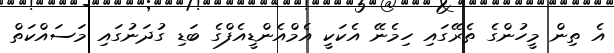
އެ ތިން މީހުންގެ ތެރޭގައި ހިމެނޭ އެކަކީ އެމްއެންޑީއެފްގެ ބަޑި ގުދަނުގައި މަސައްކަތް